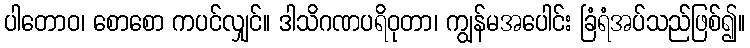
ပါတောဝ၊ စောစော ကပင်လျှင်။ ဒါသိဂဏပရိဝုတာ၊ ကျွန်မအပေါင်း ခြံရံအပ်သည်ဖြစ်၍။